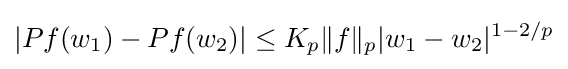
\displaystyle |Pf(w_{1})-Pf(w_{2})|\leq K_{p}\|f\|_{p}|w_{1}-w_{2}|^{1-2/p}